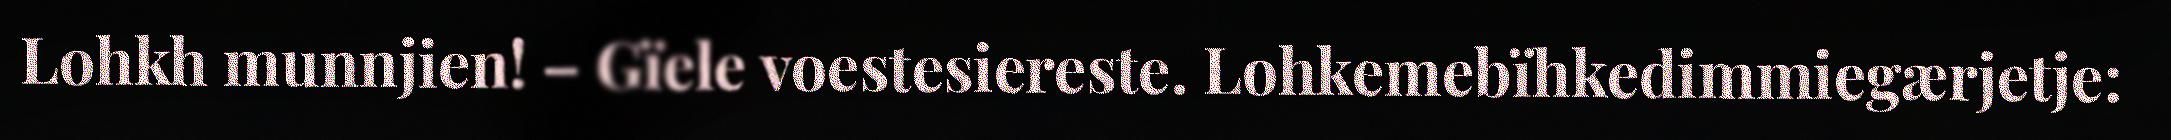
Lohkh munnjien! – Gïele voestesiereste. Lohkemebïhkedimmiegærjetje: